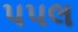
પપલ